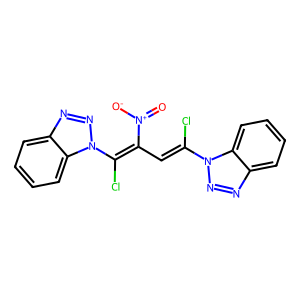
SMILES: O=[N+]([O-])C(C=C(Cl)n1nnc2ccccc21)=C(Cl)n1nnc2ccccc21
Inhibits HIV replication: No